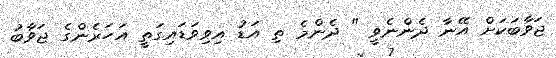
ޖަވާބަކަށް އޭނާ ދެންނެވީ " ދެންމެ ތި އަޑު އިވިވަޑައިގަތީ އަހަރެންގެ ޖަވާބު